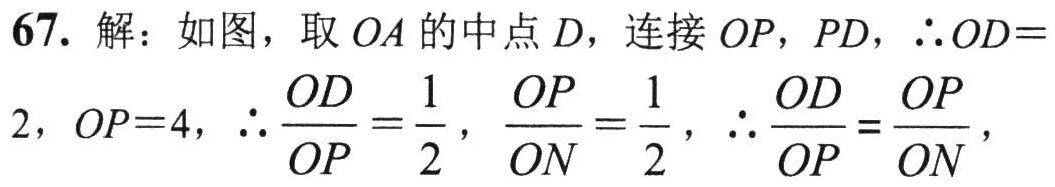
67. 解：如图，取 \(OA\) 的中点 \(D\)，连接 \(OP\)，\(PD\)，\(\therefore OD = \)
\(2\)，\(OP = 4\)，\(\therefore \dfrac{OD}{OP}=\dfrac{1}{2}\)，\(\dfrac{OP}{ON}=\dfrac{1}{2}\)，\(\therefore \dfrac{OD}{OP}=\dfrac{OP}{ON}\)，